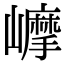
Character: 𡾉